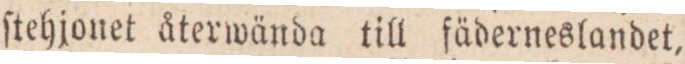
ſtehjonet återwända till fäderneslandet,